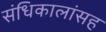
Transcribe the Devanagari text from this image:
संधिकालांसह